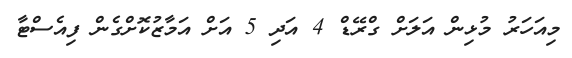
މިއަހަރު މުޅިން އަލަށް ގްރޭޑް 4 އަދި 5 އަށް އަމާޒުކޮށްގެން ފިއެސްޓާ